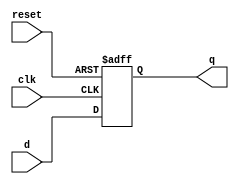
module DFF(d,clk,reset,q);
input clk, reset;
input [36:1] d;
output reg [36:1] q;

always@(negedge clk or posedge reset)
	if(reset)
 		q <= 36'h000000000;
	else
		q <= d;

endmodule